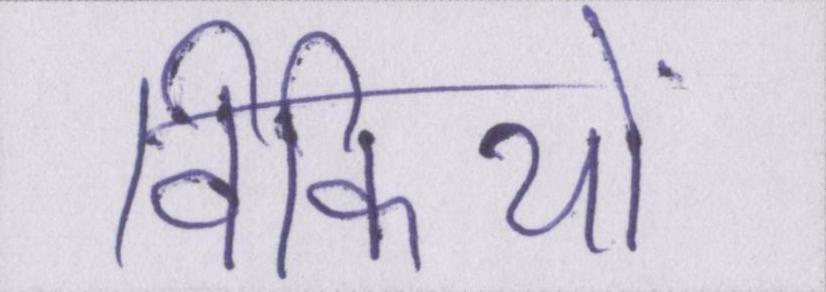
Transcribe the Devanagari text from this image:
विकियों